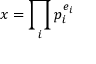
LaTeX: x = \prod _ { i } p _ { i } ^ { e _ { i } }